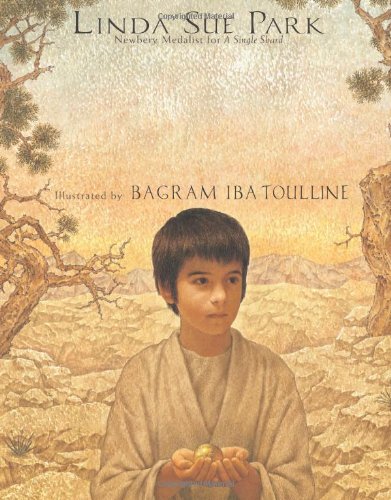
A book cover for The Third Gift; Linda Sue Park; Children's Books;